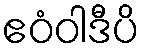
ဧဝံဝါဒီပိ